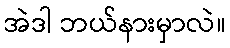
အဲဒါ ဘယ်နားမှာလဲ။